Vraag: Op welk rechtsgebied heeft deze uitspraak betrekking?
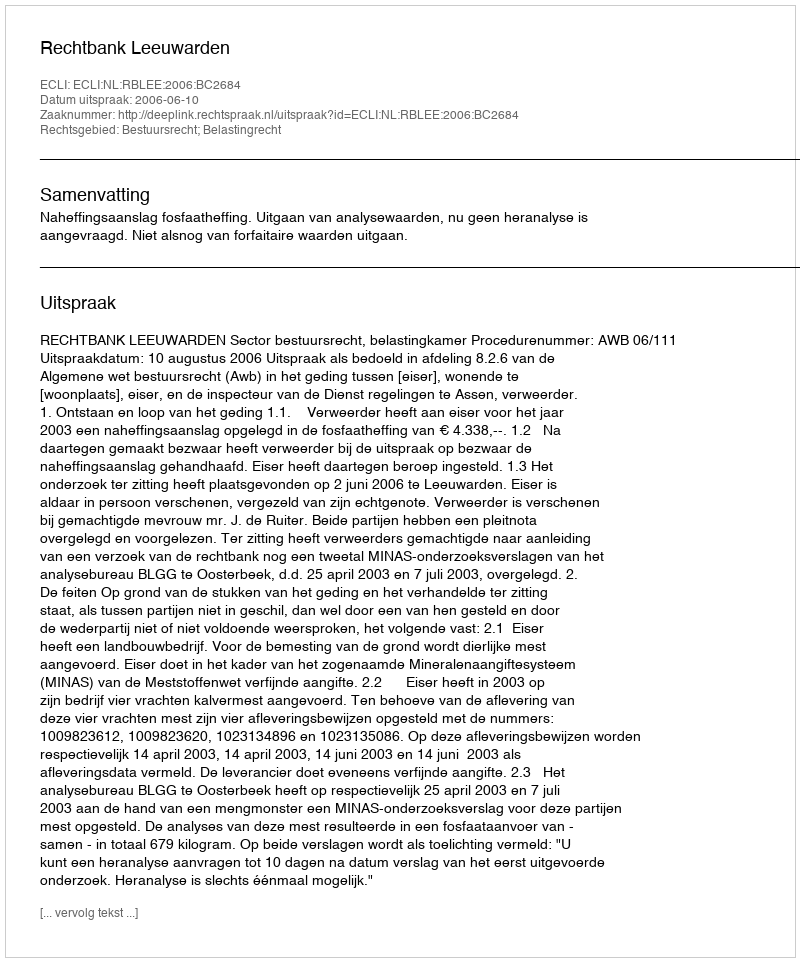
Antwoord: Bestuursrecht; Belastingrecht